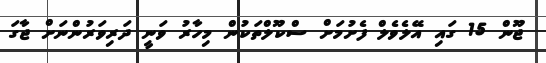
ޖޫން 15 ގައި އޭލެވެލް ފެށުމަށް ސްކޫލްތަކުން މިހާރު ވަނީ ދަރިވަރުންނަށް ޖާގަ